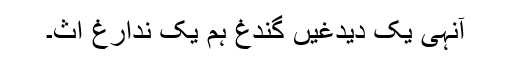
آنہی یک دیدغیں گندغ ہم یک ندارغ اث۔